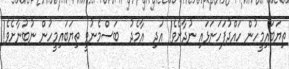
ތިޔަބައިމީހުން ހައްދުފަހަނަޅައި ނުދާށެވެ! އަދި  އާމެދު  ބަސްމެނުވީ ތިޔަބައިމީހުން ނުބުނާށެވެ!